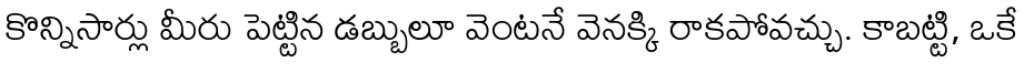
కొన్నిసార్లు మీరు పెట్టిన డబ్బులూ వెంటనే వెనక్కి రాకపోవచ్చు. కాబట్టి, ఒకే